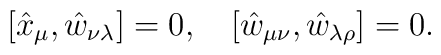
[\hat{x}_{\mu},\hat{w}_{\nu\lambda}]=0, \hspace{0.4cm}[\hat{w}_{\mu\nu},\hat{w}_{\lambda\rho}]=0 .